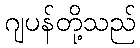
ဂျပန်တို့သည်